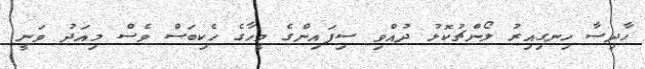
ހާދިސާ ހިނގިއިރު ލޯންޗުކޮޅު ދުއްވި ސިފައިންގެ މީހާގެ ހެކިބަސް ވެސް މިއަދު ވަނީ